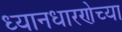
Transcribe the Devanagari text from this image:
ध्यानधारणेच्या